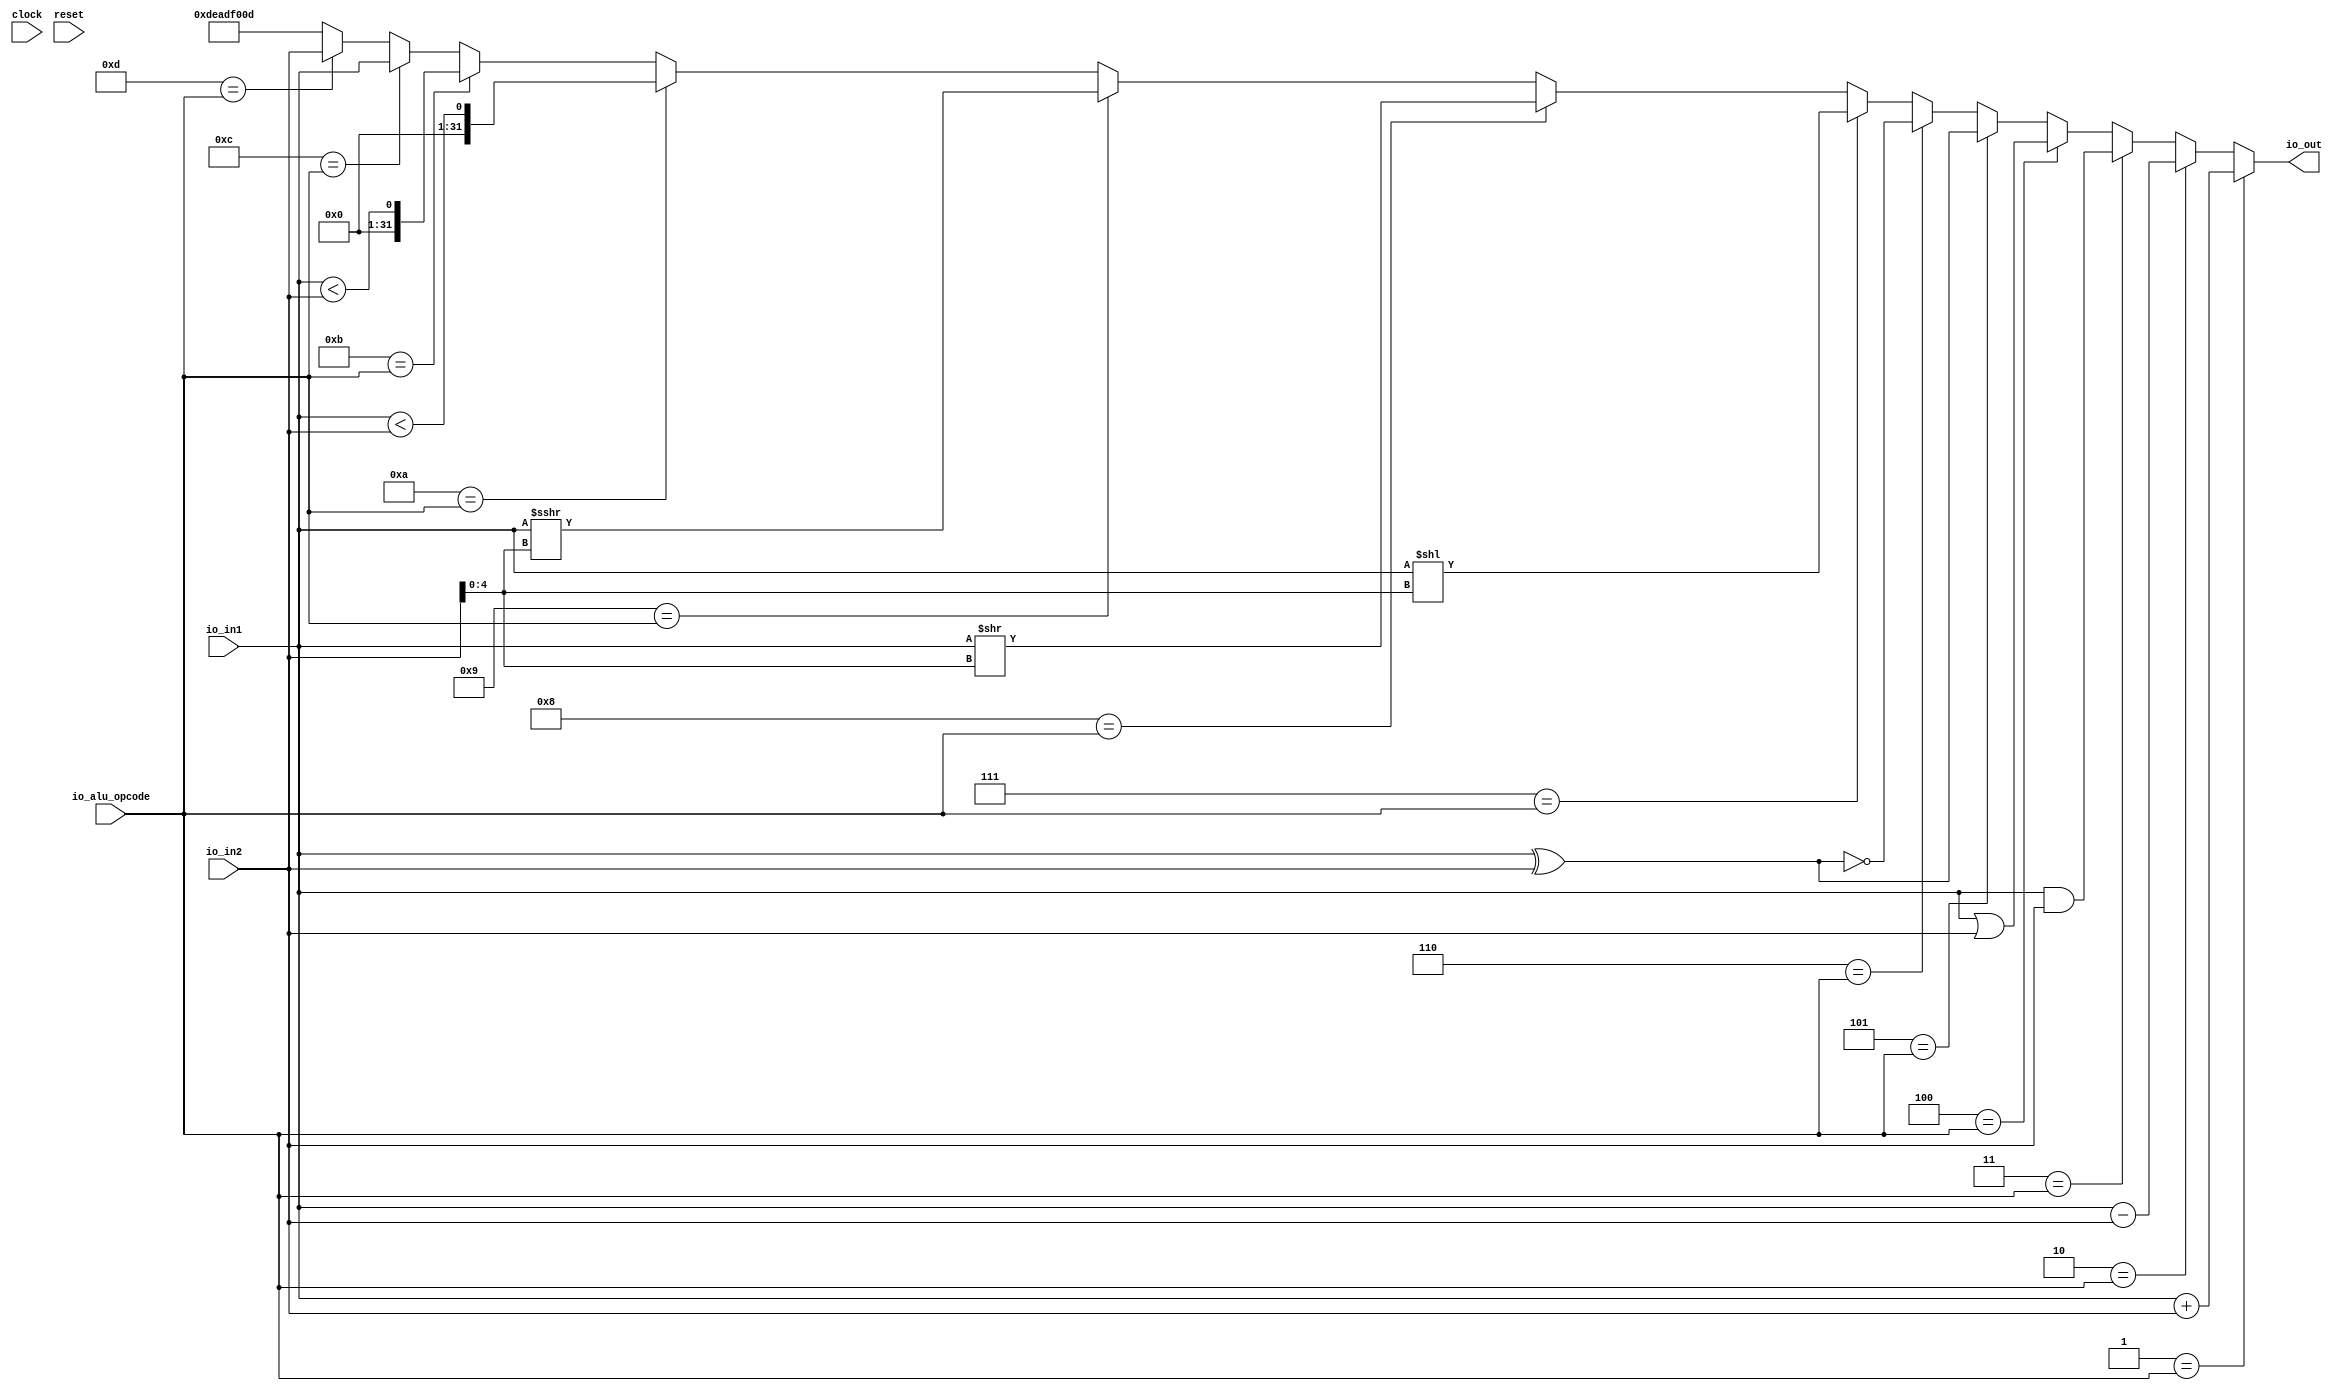
module ALU(
  input         clock,
  input         reset,
  input  [31:0] io_in1,
  input  [31:0] io_in2,
  input  [12:0] io_alu_opcode,
  output [31:0] io_out
);
  wire [31:0] _T_8 = io_in1 + io_in2; // @[ALUTester.scala 38:32]
  wire [31:0] _T_11 = io_in1 - io_in2; // @[ALUTester.scala 39:32]
  wire [31:0] _T_12 = io_in1 & io_in2; // @[ALUTester.scala 40:32]
  wire [31:0] _T_13 = io_in1 | io_in2; // @[ALUTester.scala 41:31]
  wire [31:0] _T_14 = io_in1 ^ io_in2; // @[ALUTester.scala 42:32]
  wire [31:0] _T_16 = ~_T_14; // @[ALUTester.scala 43:26]
  wire [62:0] _GEN_0 = {{31'd0}, io_in1}; // @[ALUTester.scala 44:38]
  wire [62:0] _T_18 = _GEN_0 << io_in2[4:0]; // @[ALUTester.scala 44:38]
  wire [31:0] _T_20 = io_in1 >> io_in2[4:0]; // @[ALUTester.scala 45:46]
  wire [31:0] _T_24 = $signed(io_in1) >>> io_in2[4:0]; // @[ALUTester.scala 48:73]
  wire  _T_27 = $signed(io_in1) < $signed(io_in2); // @[ALUTester.scala 49:47]
  wire  _T_28 = io_in1 < io_in2; // @[ALUTester.scala 50:48]
  wire [31:0] _T_30 = 13'hd == io_alu_opcode ? io_in2 : 32'hdeadf00d; // @[Mux.scala 46:16]
  wire [31:0] _T_32 = 13'hc == io_alu_opcode ? io_in1 : _T_30; // @[Mux.scala 46:16]
  wire [31:0] _T_34 = 13'hb == io_alu_opcode ? {{31'd0}, _T_28} : _T_32; // @[Mux.scala 46:16]
  wire [31:0] _T_36 = 13'ha == io_alu_opcode ? {{31'd0}, _T_27} : _T_34; // @[Mux.scala 46:16]
  wire [31:0] _T_38 = 13'h9 == io_alu_opcode ? _T_24 : _T_36; // @[Mux.scala 46:16]
  wire [31:0] _T_40 = 13'h8 == io_alu_opcode ? _T_20 : _T_38; // @[Mux.scala 46:16]
  wire [62:0] _T_42 = 13'h7 == io_alu_opcode ? _T_18 : {{31'd0}, _T_40}; // @[Mux.scala 46:16]
  wire [62:0] _T_44 = 13'h6 == io_alu_opcode ? {{31'd0}, _T_16} : _T_42; // @[Mux.scala 46:16]
  wire [62:0] _T_46 = 13'h5 == io_alu_opcode ? {{31'd0}, _T_14} : _T_44; // @[Mux.scala 46:16]
  wire [62:0] _T_48 = 13'h4 == io_alu_opcode ? {{31'd0}, _T_13} : _T_46; // @[Mux.scala 46:16]
  wire [62:0] _T_50 = 13'h3 == io_alu_opcode ? {{31'd0}, _T_12} : _T_48; // @[Mux.scala 46:16]
  wire [62:0] _T_52 = 13'h2 == io_alu_opcode ? {{31'd0}, _T_11} : _T_50; // @[Mux.scala 46:16]
  wire [62:0] _T_54 = 13'h1 == io_alu_opcode ? {{31'd0}, _T_8} : _T_52; // @[Mux.scala 46:16]
  assign io_out = _T_54[31:0]; // @[ALUTester.scala 36:10]
  always @(posedge clock) begin
    `ifndef SYNTHESIS
    `ifdef PRINTF_COND
      if (`PRINTF_COND) begin
    `endif
        if (~reset) begin
          $fwrite(32'h80000002,"io.alu_opcode = %d mux_alu_opcode = %d io.in1 = %x io.in2 = %x io.out = %x\n",
            io_alu_opcode,io_alu_opcode,io_in1,io_in2,io_out); // @[ALUTester.scala 57:11]
        end
    `ifdef PRINTF_COND
      end
    `endif
    `endif // SYNTHESIS
  end
endmodule